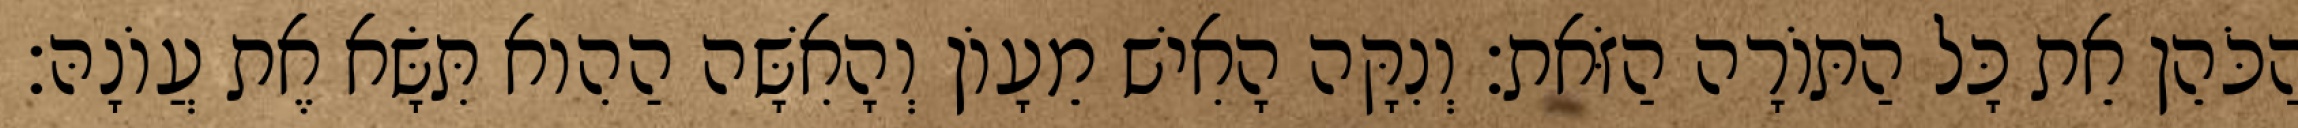
הַכֹּהֵן אֵת כָּל הַתּוֹרָה הַזֹּאת׃ וְנִקָּה הָאִישׁ מֵעָוֹן וְהָאִשָּׁה הַהִוא תִּשָּׂא אֶת עֲוֹנָהּ׃